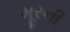
મૂરની